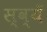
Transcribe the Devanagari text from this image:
स्व्यँ